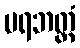
ပရဘတ္တံ